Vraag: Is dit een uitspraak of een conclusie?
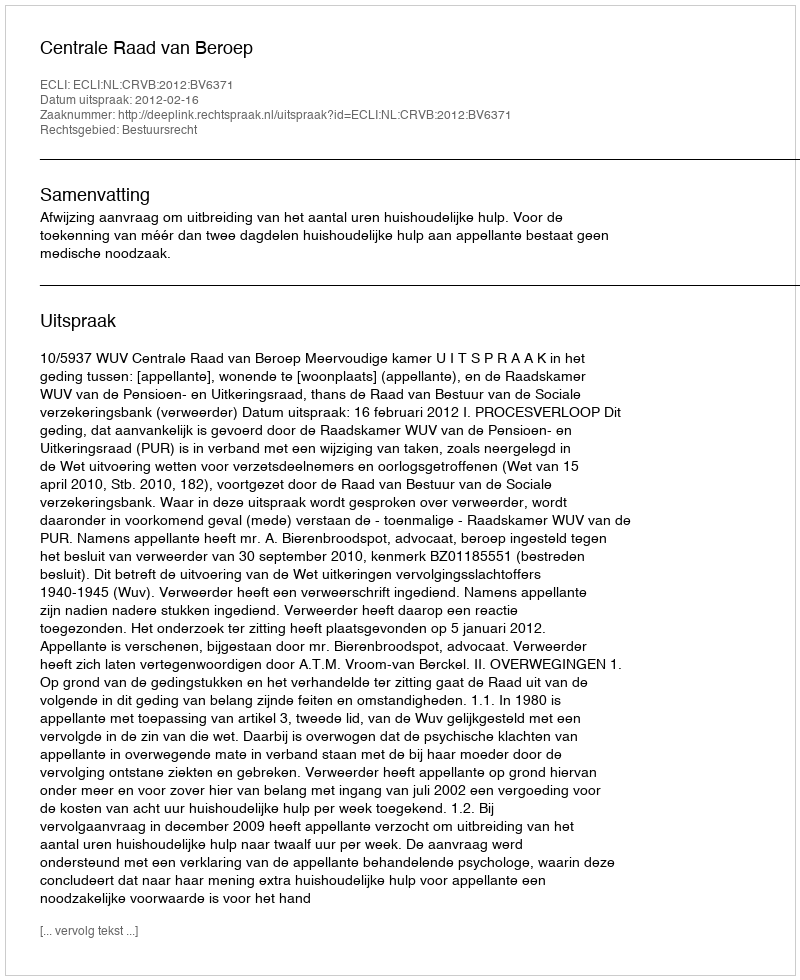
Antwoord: Uitspraak